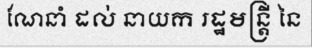
ណែនាំ ដល់ នាយក រដ្ឋមន្ត្រី នៃ